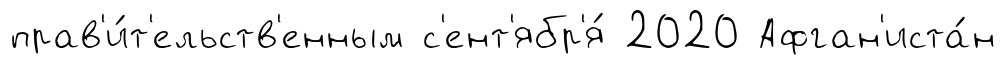
прав'и́т'ельств'енным с'ент'ябр'я́ 2020 Афган'иста́н